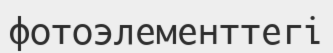
фотоэлементтегі